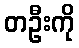
တဦးကို